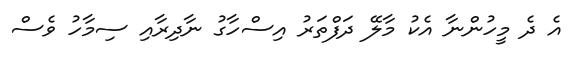
އެ ދެ މީހުންނާ އެކު މާލޭ ދަފްތަރު އިސްހާގު ނާދިރާއި ސިމާހު ވެސް